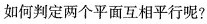
如何判定两个平面互相平行呢?